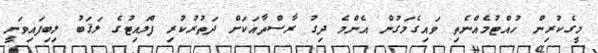
މީގެކުރިން ހުއްޓުމެއްނެތި ވައިގެމަގުން އެންމެ ދިގު ރާސްތާއަކަށް ދަތުރުކުރި ފްލައިޓުގެ ލަޤަބު ލިބިފައިވަނީ